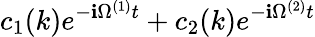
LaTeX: c_{1}(k)e^{-\mathbf{i}\Omega^{(1)}t}+c_{2}(k)e^{-\mathbf{i}\Omega^{(2)}t}